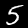
Label: 5